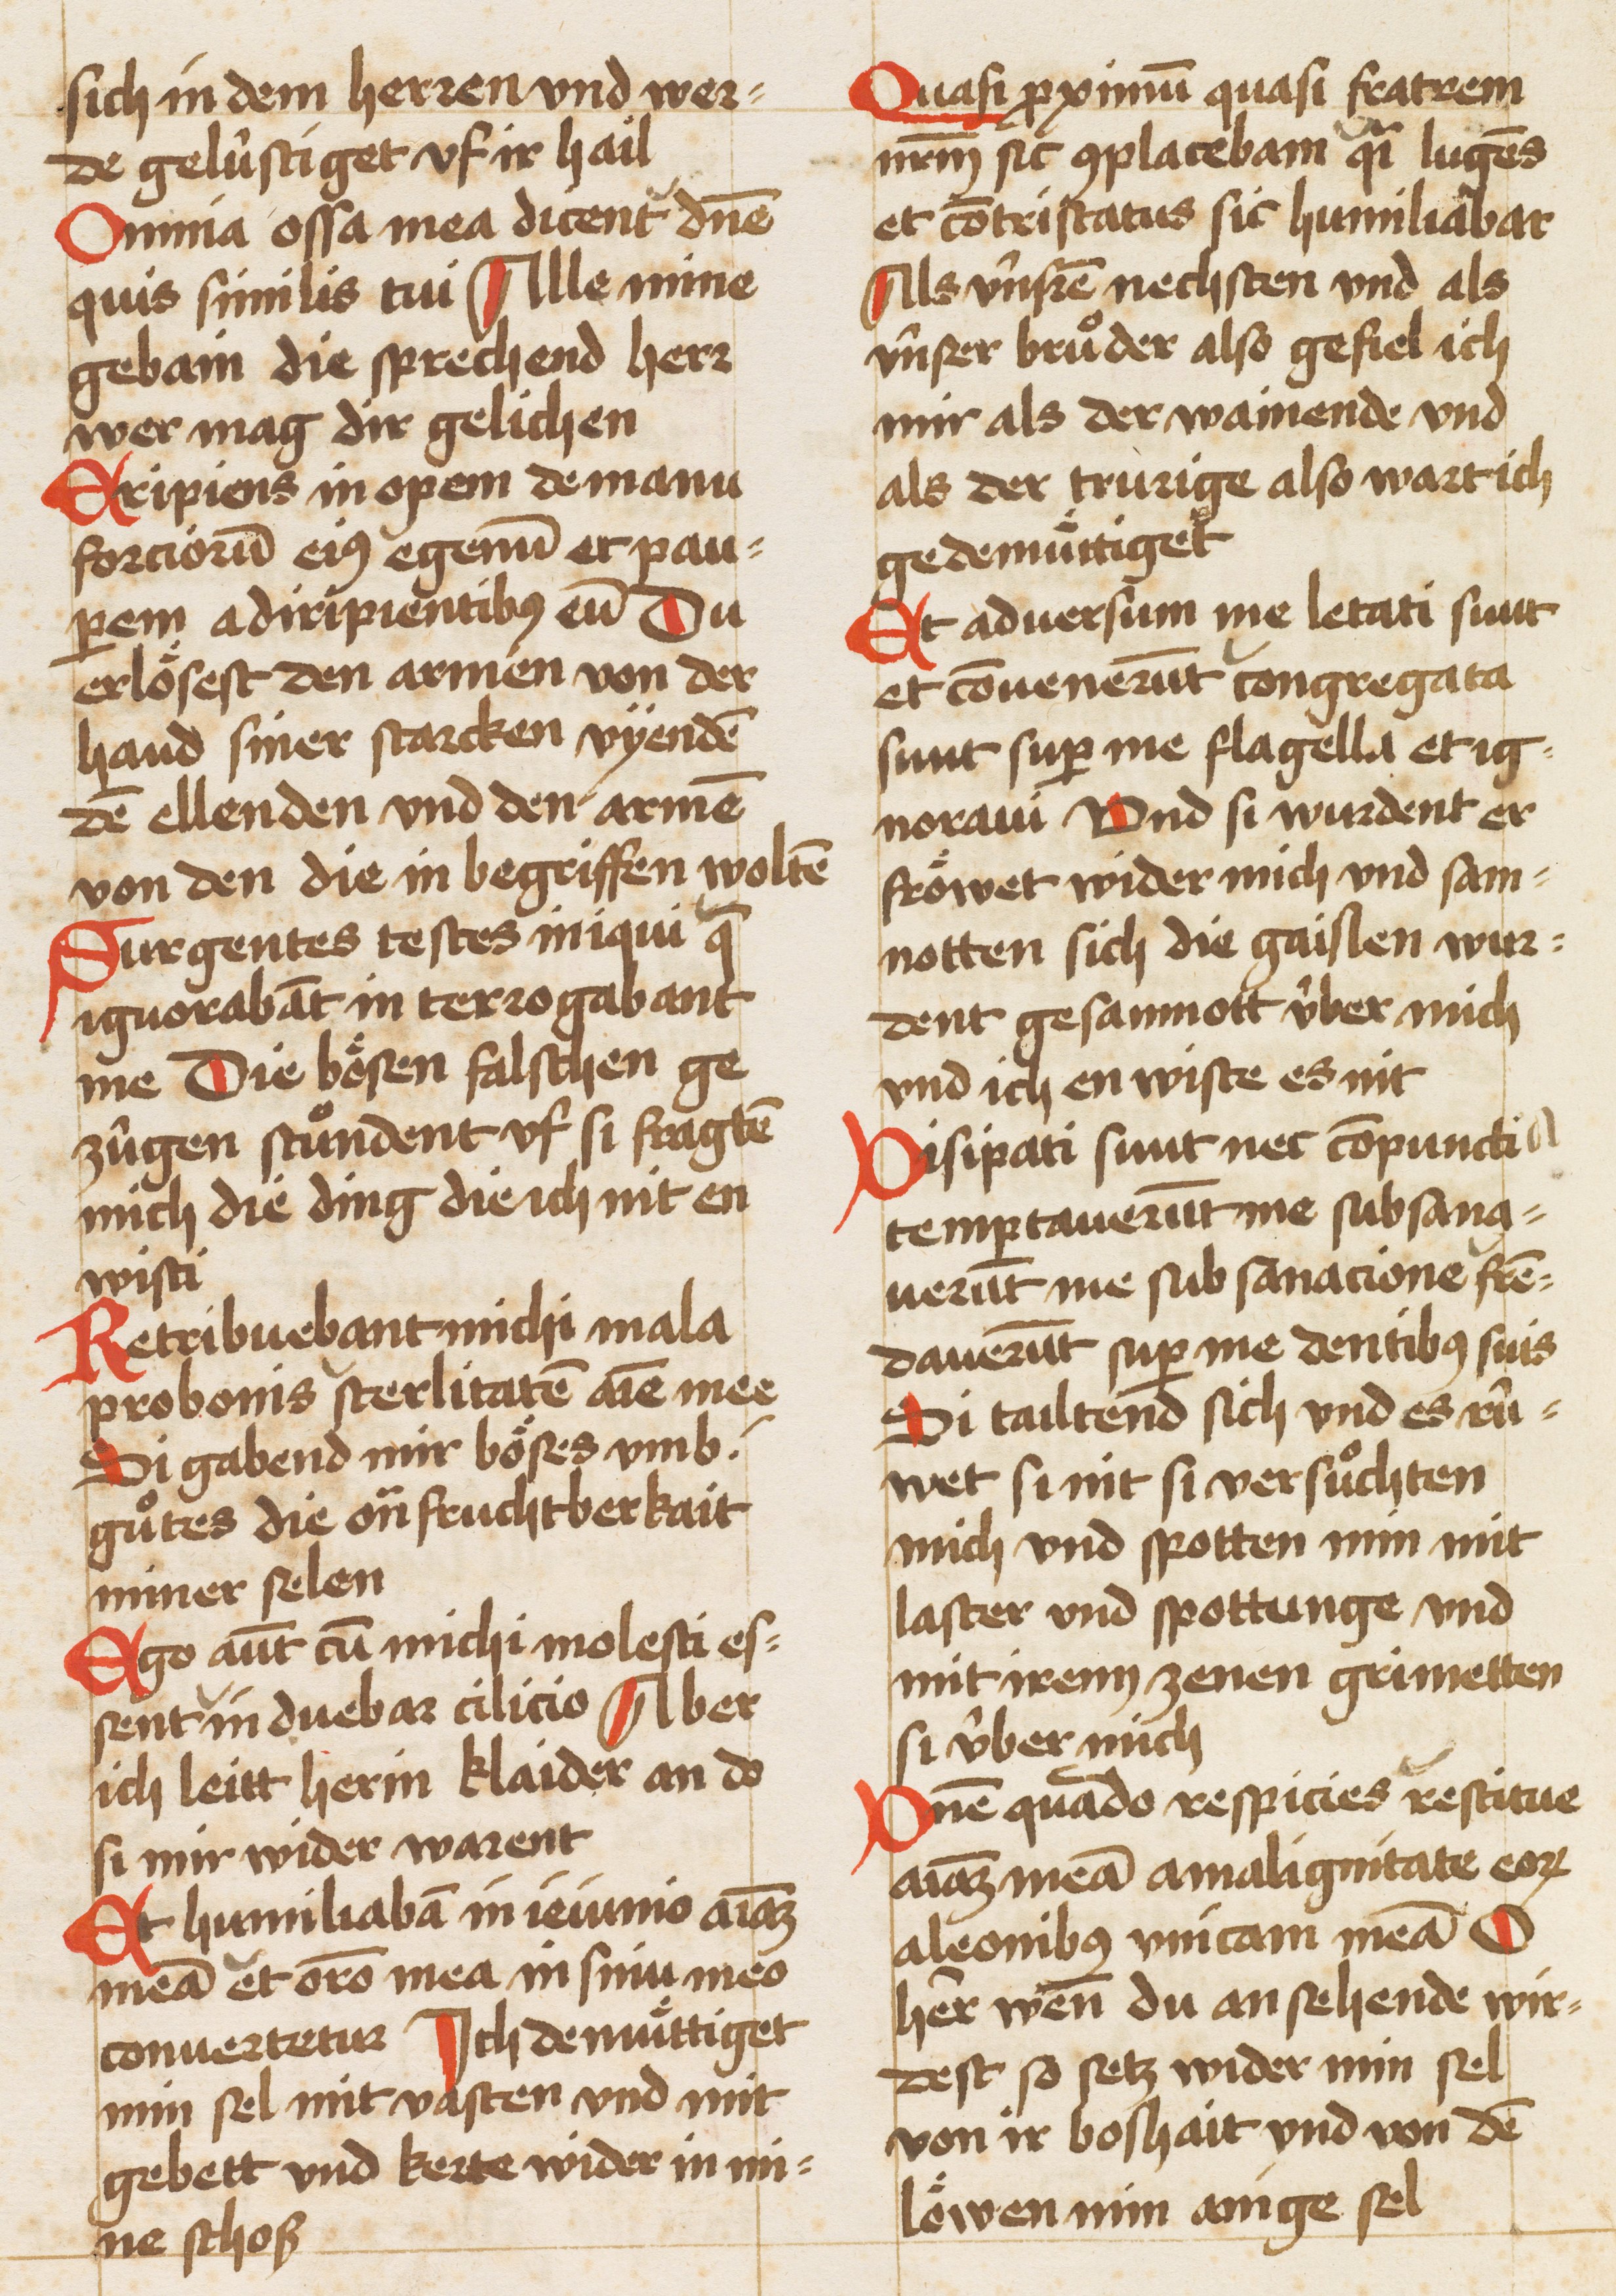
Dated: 1450–1499